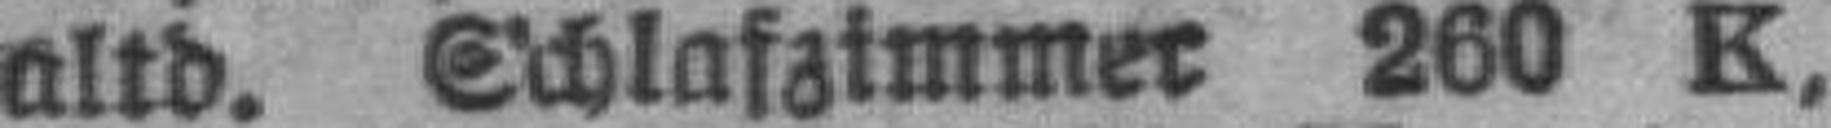
altd. Schlafzimmer 260 K,